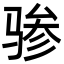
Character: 骖